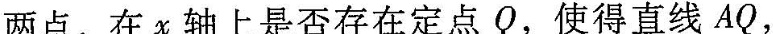
两点，在x轴上是否存在定点Q，使得直线AQ，